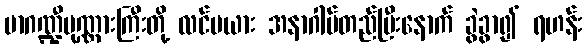
မာဂဏ္ဍီပုဏ္ဏားကြီးတို့ လင်မယား အနာဂါမ်တည်ပြီးနောက် ခွဲခွာ၍ ရဟန်း